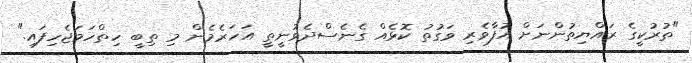
"ތުރުކީގެ ރައްޔިތުންނަށް އުފާވެރި ވަގުތު ކޮޅެއް ގެނެސްދެވުނީތީ އަހަރެމެން މި ތިބީ ހިތްހަމަޖެހިފައި."